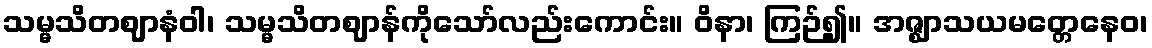
သမ္မသိတဈာနံဝါ၊ သမ္မသိတဈာန်ကိုသော်လည်းကောင်း။ ဝိနာ၊ ကြဉ်၍။ အဇ္ဈာသယမတ္တေနေဝ၊